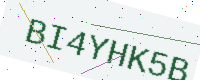
Text: BI4YHK5B